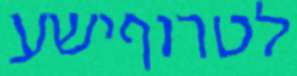
לטרוףישע